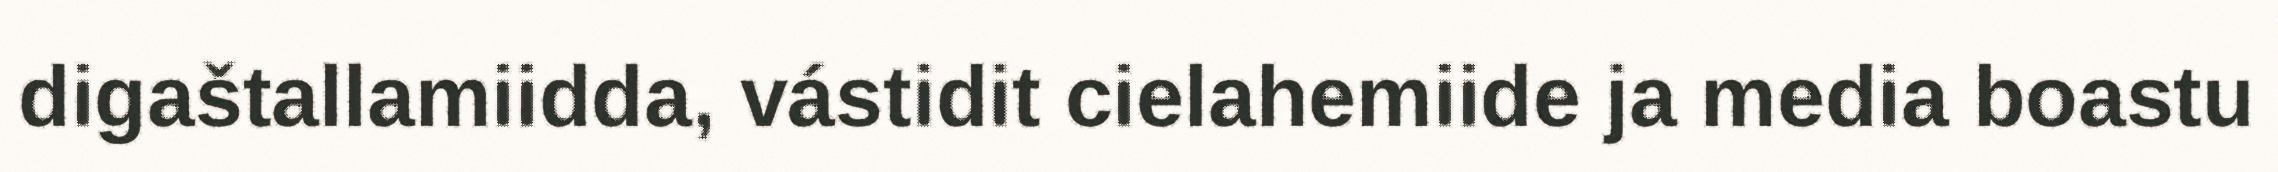
digaštallamiidda, vástidit cielahemiide ja media boastu